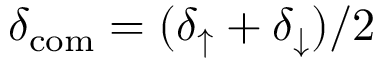
\delta _ { \mathrm { c o m } } = ( \delta _ { \uparrow } + \delta _ { \downarrow } ) / 2